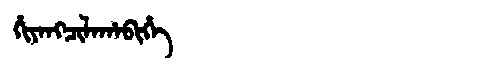
Manchu: ᡥᡳᠶᠠᠩᠴᡳᠯᠠᡥᠠᠪᡳᡥᡝ
Romanization: HIYANGCILAHABIHE